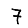
Digit: 7